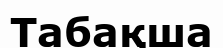
Табақша